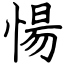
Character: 愓